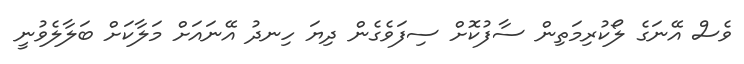
ވެސް އޭނަގެ ލޯކުރިމަތިން ސާފުކޮށް ސިފަވެގެން ދިޔަ ހިނދު އޭނައަށް މަލާކަށް ބަލާލެވުނީ